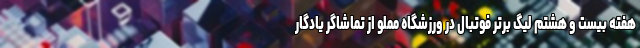
هفته بیست و هشتم لیگ برتر فوتبال در ورزشگاه مملو از تماشاگر یادگار